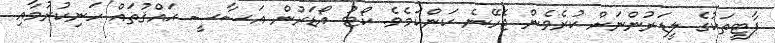
ޕާޓީތަކުގެ ލީޑަރުންނަށް ކުރެވެން ޖެހޭނެ ކަންކަމެވެ. ކޯޓު އޯޑަރުން އަސާސީ ޙައްޤުތައް ހަނިކުރުމާއި